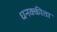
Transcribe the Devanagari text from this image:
धनक्कीता